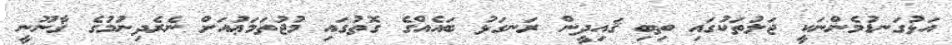
އަޅުގަނޑުމެންނަކީ ޖަލުތަކުގައި ތިބި ޤައިދީން ރަނގަޅު ބައެއްގެ ގޮތުގައި މުޖުތަމަޢުއަށް ނެރެދިނުމުގެ ޤާނޫނީ